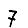
Digit: 7